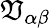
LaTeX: \mathfrak{V}_{\alpha\beta}